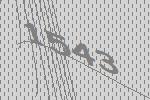
1543